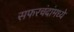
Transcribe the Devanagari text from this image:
सफरचंदांमध्ये